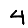
Digit: 4